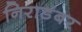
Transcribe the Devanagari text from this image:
निराडंबर